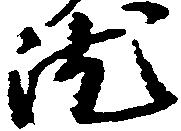
汰